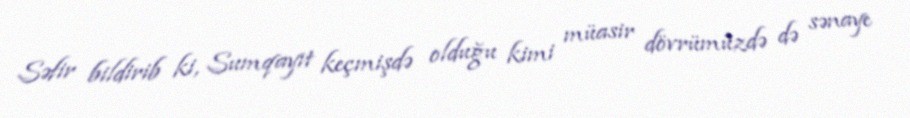
Səfir bildirib ki, Sumqayıt keçmişdə olduğu kimi müasir dövrümüzdə də sənaye